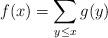
LaTeX: \begin{align*} f(x)= \sum_{y\leq x} g(y) \end{align*}